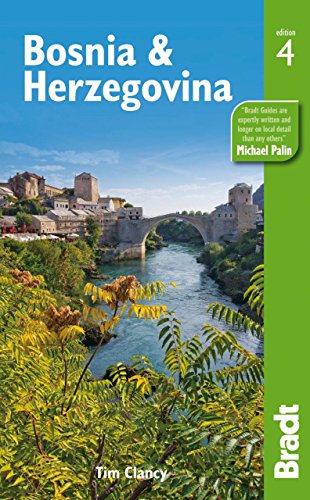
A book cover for Bosnia & Herzegovina (Bradt Travel Guide); Tim Clancy; Travel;